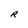
Character: R